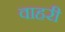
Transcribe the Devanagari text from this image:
वाहरी